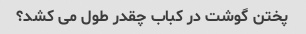
پختن گوشت در کباب چقدر طول می کشد؟